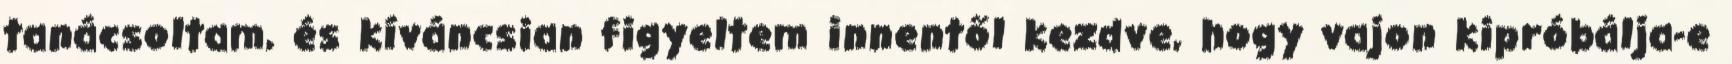
tanácsoltam, és kíváncsian figyeltem innentől kezdve, hogy vajon kipróbálja-e